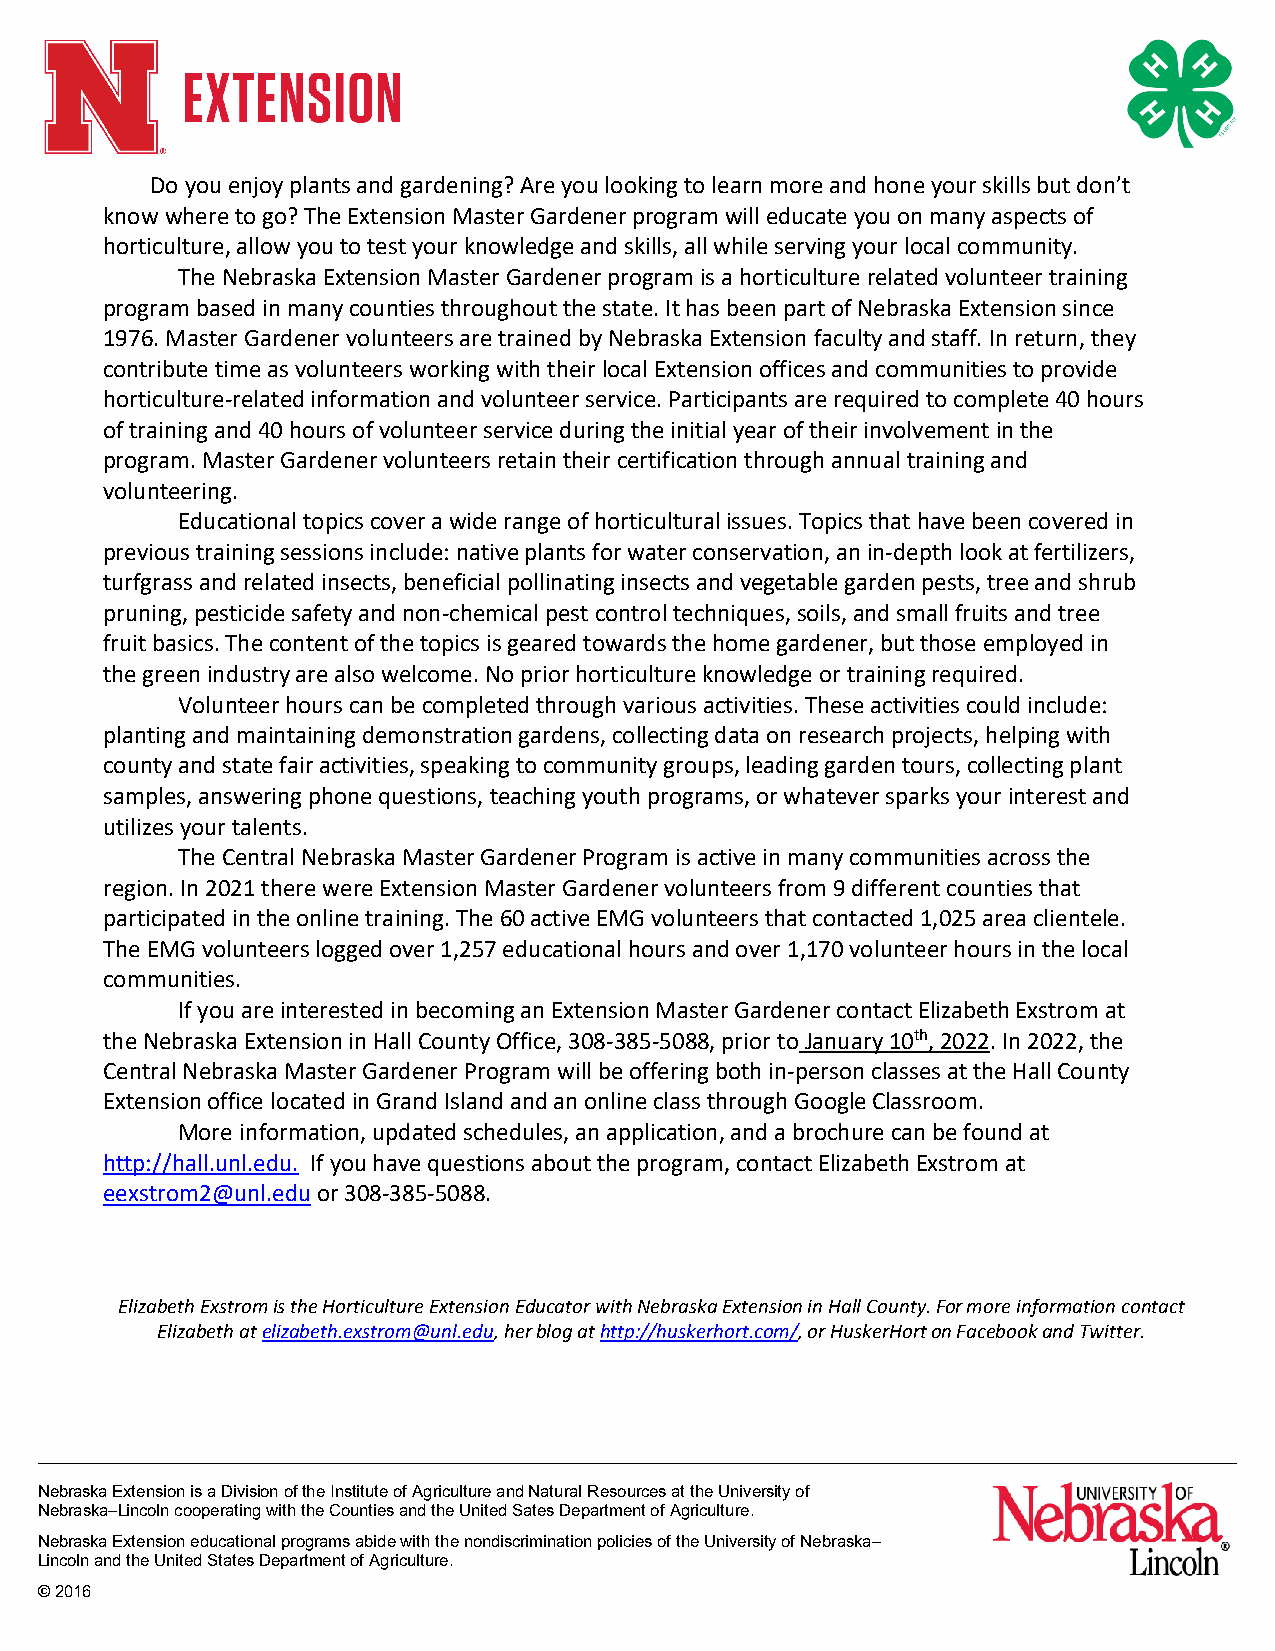
Do you enjoy plants and gardening? Are you looking to learn more and hone your skills but don’t
 know where to go? The Extension Master Gardener program will educate you on many aspects of
 horticulture, allow you to test your knowledge and skills, all while serving your local community.
 The Nebraska Extension Master Gardener program is a horticulture related volunteer training
 program based in many counties throughout the state. It has been part of Nebraska Extension since
 1976. Master Gardener volunteers are trained by Nebraska Extension faculty and staff. In return, they
 contribute time as volunteers working with their local Extension offices and communities to provide
 horticulture-related information and volunteer service. Participants are required to complete 40 hours
 of training and 40 hours of volunteer service during the initial year of their involvement in the
 program. Master Gardener volunteers retain their certification through annual training and
 volunteering.
 Educational topics cover a wide range of horticultural issues. Topics that have been covered in
 previous training sessions include: native plants for water conservation, an in-depth look at fertilizers,
 turfgrass and related insects, beneficial pollinating insects and vegetable garden pests, tree and shrub
 pruning, pesticide safety and non-chemical pest control techniques, soils, and small fruits and tree
 fruit basics. The content of the topics is geared towards the home gardener, but those employed in
 the green industry are also welcome. No prior horticulture knowledge or training required.
 Volunteer hours can be completed through various activities. These activities could include:
 planting and maintaining demonstration gardens, collecting data on research projects, helping with
 county and state fair activities, speaking to community groups, leading garden tours, collecting plant
 samples, answering phone questions, teaching youth programs, or whatever sparks your interest and
 utilizes your talents.
 The Central Nebraska Master Gardener Program is active in many communities across the
 region. In 2021 there were Extension Master Gardener volunteers from 9 different counties that
 participated in the online training. The 60 active EMG volunteers that contacted 1,025 area clientele.
 The EMG volunteers logged over 1,257 educational hours and over 1,170 volunteer hours in the local
 communities.
 If you are interested in becoming an Extension Master Gardener contact Elizabeth Exstrom at
 the Nebraska Extension in Hall County Office, 308-385-5088, prior to January 10th, 2022. In 2022, the
 Central Nebraska Master Gardener Program will be offering both in-person classes at the Hall County
 Extension office located in Grand Island and an online class through Google Classroom.
 More information, updated schedules, an application, and a brochure can be found at
 http://hall.unl.edu. If you have questions about the program, contact Elizabeth Exstrom at
 eexstrom2@unl.edu or 308-385-5088.
 Elizabeth Exstrom is the Horticulture Extension Educator with Nebraska Extension in Hall County. For more information contact
 Elizabeth at elizabeth.exstrom@unl.edu, her blog at http://huskerhort.com/, or HuskerHort on Facebook and Twitter.
 Nebraska Extension is a Division of the Institute of Agriculture and Natural Resources at the University of
 Nebraska–Lincoln cooperating with the Counties and the United Sates Department of Agriculture.
 Nebraska Extension educational programs abide with the nondiscrimination policies of the University of Nebraska–
 Lincoln and the United States Department of Agriculture.
 © 2016